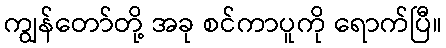
ကျွန်တော်တို့ အခု စင်ကာပူကို ရောက်ပြီ။